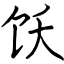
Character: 饫